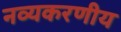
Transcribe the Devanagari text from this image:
नव्यकरणीय